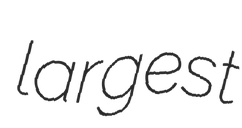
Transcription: largest